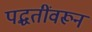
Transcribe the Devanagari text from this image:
पद्धतींवरून